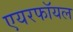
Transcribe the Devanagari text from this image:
एयरफॉयल